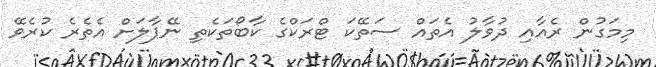
މިމަގުން ރެއާއި ދުވާލު އެތައް ސަތޭކަ ޓްރަކްގެ ކާބޯތަކެތި ނޭޕާލަށް އެތެރެ ކުރެވޭ